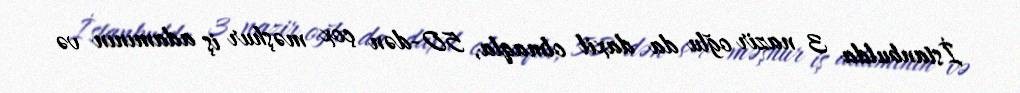
İstanbulda 3 nazir oğlu da daxil olmaqla, 50-dən çox məşhur iş adamının və